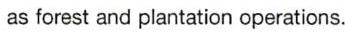
as forest and plantation operations.